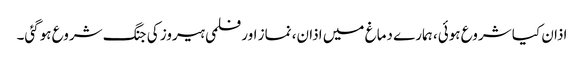
اذان کیا شروع ہوئی، ہمارے دماغ میں اذان، نماز اور فلمی ہیروز کی جنگ شروع ہوگئی۔